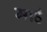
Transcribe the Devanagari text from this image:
माहं